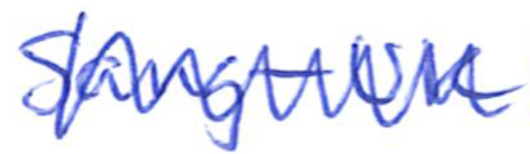
Text: Sang-uk
Cross-out: zig-zag
Writing tool: ballpoint